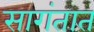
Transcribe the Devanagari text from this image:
सागंतात